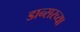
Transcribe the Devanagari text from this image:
डान्सरच्या